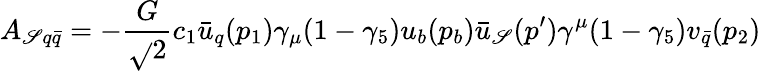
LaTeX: A_{\mathscr{S}q\bar{{q}}}=-\frac{{G}}{{\sqrt{}{{2}}}}c_{1}\bar{{u}}_{q}(p_{1})\gamma_{\mu}(1-\gamma_{5})u_{b}(p_{b})\bar{{u}}_{\mathscr{S}}(p^{\prime})\gamma^{\mu}(1-\gamma_{5})v_{\bar{{q}}}(p_{2})